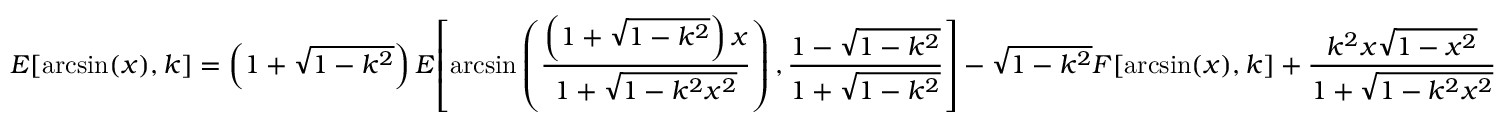
E { \left[ \arcsin ( x ) , k \right] } = \left( 1 + { \sqrt { 1 - k ^ { 2 } } } \right) E { \left[ \arcsin \left( { \frac { \left( 1 + { \sqrt { 1 - k ^ { 2 } } } \right) x } { 1 + { \sqrt { 1 - k ^ { 2 } x ^ { 2 } } } } } \right) , { \frac { 1 - { \sqrt { 1 - k ^ { 2 } } } } { 1 + { \sqrt { 1 - k ^ { 2 } } } } } \right] } - { \sqrt { 1 - k ^ { 2 } } } F { \left[ \arcsin ( x ) , k \right] } + { \frac { k ^ { 2 } x { \sqrt { 1 - x ^ { 2 } } } } { 1 + { \sqrt { 1 - k ^ { 2 } x ^ { 2 } } } } }